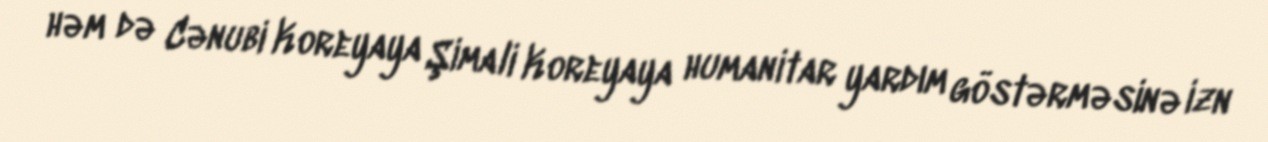
həm də Cənubi Koreyaya Şimali Koreyaya humanitar yardım göstərməsinə izn